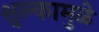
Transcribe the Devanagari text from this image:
शुल्कामुळे